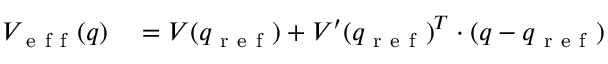
\begin{array} { r l } { V _ { \mathrm { ~ e ~ f ~ f ~ } } ( q ) } & { { } = V ( q _ { \mathrm { ~ r ~ e ~ f ~ } } ) + V ^ { \prime } ( q _ { \mathrm { ~ r ~ e ~ f ~ } } ) { } ^ { T } \cdot ( q - q _ { \mathrm { ~ r ~ e ~ f ~ } } ) } \end{array}